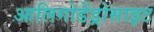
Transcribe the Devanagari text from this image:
आलिगोडेंड्रोसाइट